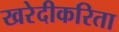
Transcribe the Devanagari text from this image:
खरेदीकरिता